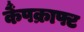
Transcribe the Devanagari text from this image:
कैंपक्राफ्ट